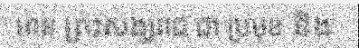
មាន ព្រះសង្ឃរាជ ជា ប្រមុខ និង